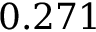
0 . 2 7 1